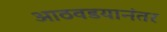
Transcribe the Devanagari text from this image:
आठवडयानंतर